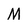
Character: M